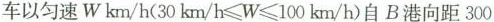
车以匀速$$W km / h ( 3 0 k m / h ≤ W ≤ 1 0 0 k m / h )自B港向距300